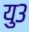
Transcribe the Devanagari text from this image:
यु३